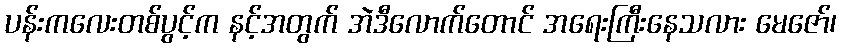
ပန်းကလေးတစ်ပွင့်က နင့်အတွက် အဲဒီလောက်တောင် အရေးကြီးနေသလား မေဇော်၊